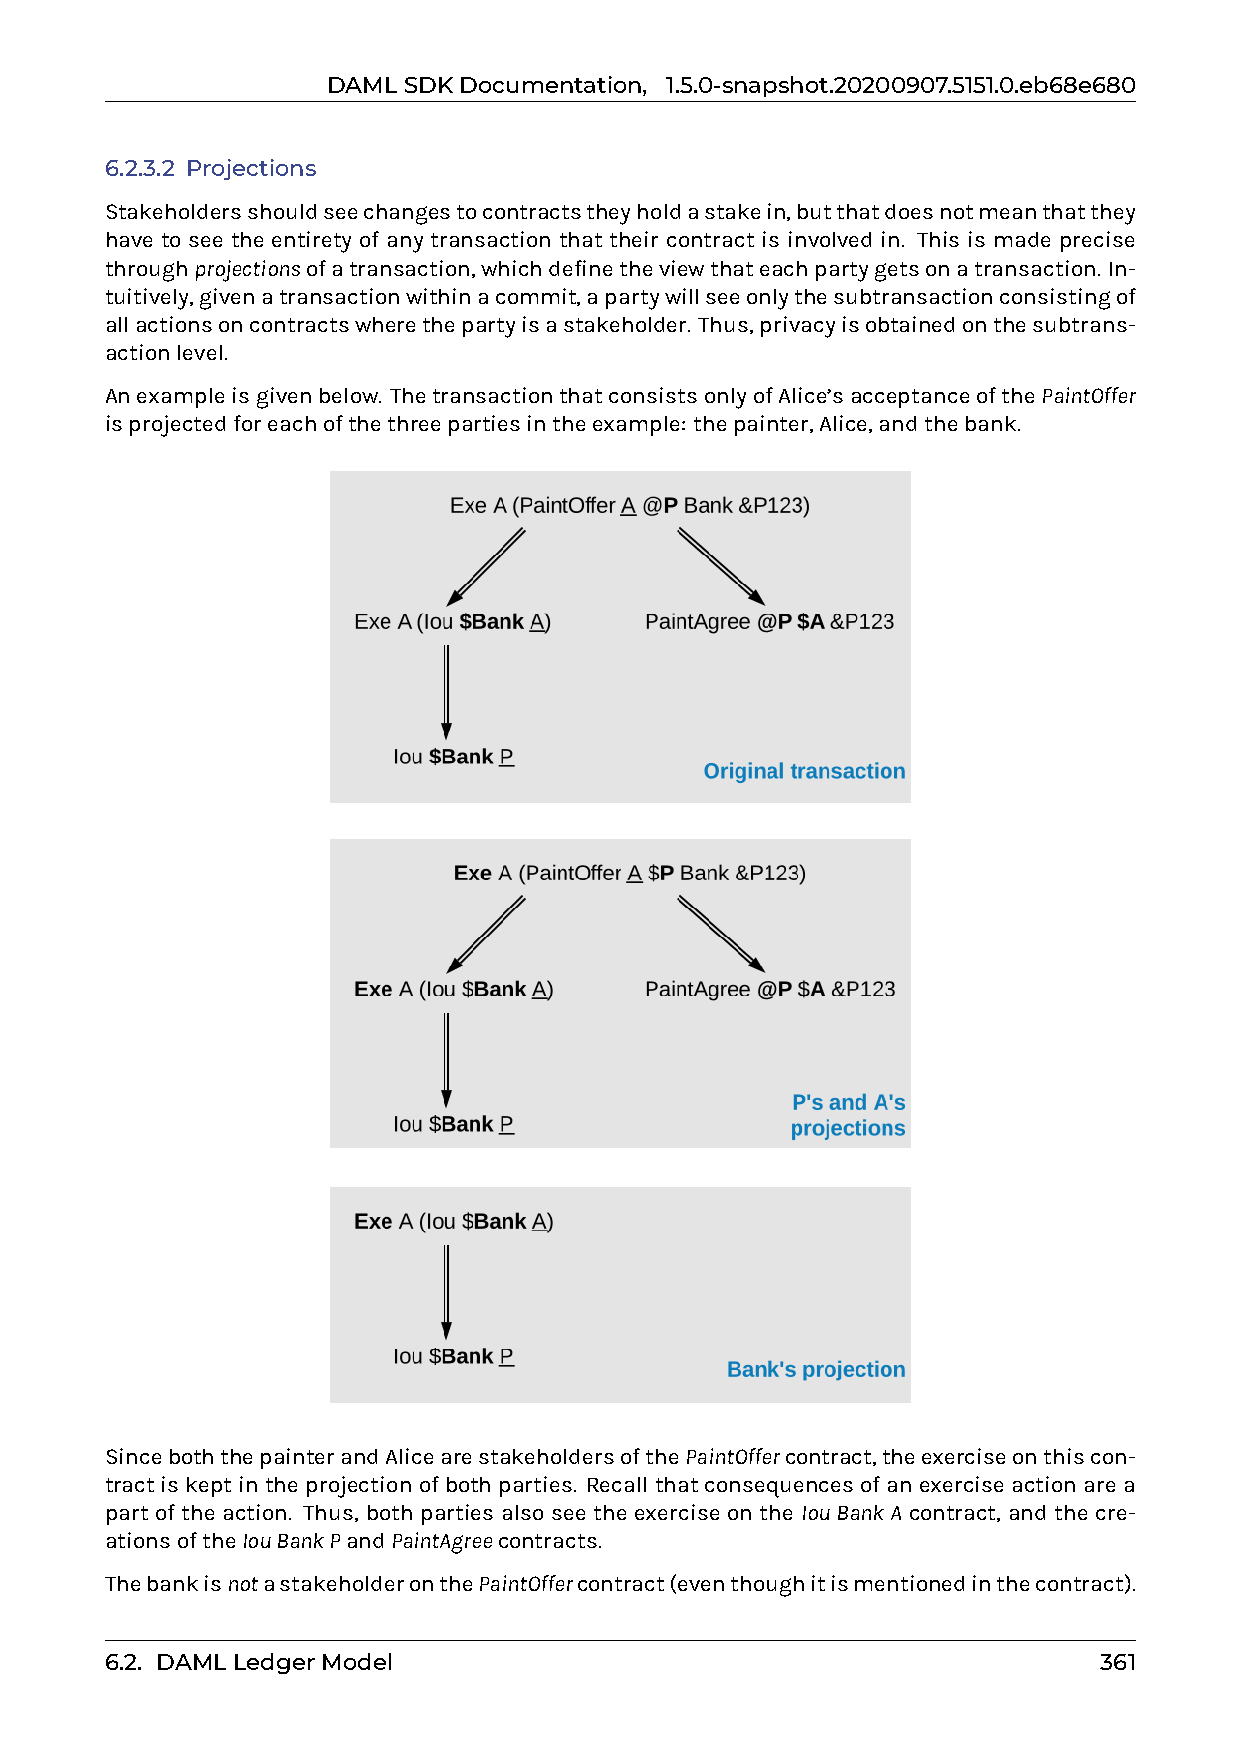
DAMLSDKDocumentation, 1.5.0-snapshot.20200907.5151.0.eb68e680
 6.2.3.2 Projections
 Stakeholdersshouldseechangestocontractstheyholdastakein,butthatdoesnotmeanthatthey
 have to see the entirety of any transaction that their contract is involved in. This is made precise
 throughprojectionsofatransaction,whichdefinetheviewthateachpartygetsonatransaction. In-
 tuitively,givenatransactionwithinacommit,apartywillseeonlythesubtransactionconsistingof
 allactionsoncontractswherethepartyisastakeholder. Thus,privacyisobtainedonthesubtrans-
 actionlevel.
 Anexampleisgivenbelow. ThetransactionthatconsistsonlyofAlice’sacceptanceofthePaintOffer
 isprojectedforeachofthethreepartiesintheexample: thepainter,Alice,andthebank.
 SinceboththepainterandAlicearestakeholdersofthePaintOffercontract,theexerciseonthiscon-
 tractiskeptintheprojectionofbothparties. Recallthatconsequencesofanexerciseactionarea
 part of the action. Thus, both parties also see the exercise on the IouBankA contract, and the cre-
 ationsoftheIouBankPandPaintAgreecontracts.
 ThebankisnotastakeholderonthePaintOffercontract(eventhoughitismentionedinthecontract).
 6.2. DAMLLedgerModel                                              361